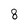
Character: 8